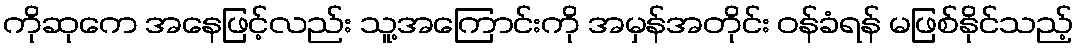
ကိုဆုကေ အနေဖြင့်လည်း သူ့အကြောင်းကို အမှန်အတိုင်း ဝန်ခံရန် မဖြစ်နိုင်သည့်